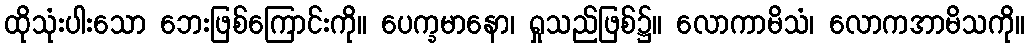
ထိုသုံးပါးသော ဘေးဖြစ်ကြောင်းကို။ ပေက္ခမာနော၊ ရှုသည်ဖြစ်၌။ လောကာမိသံ၊ လောကအာမိသကို။